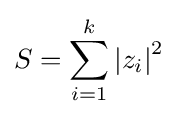
S=\sum _{i=1}^{k}\left|z_{i}\right|^{2}